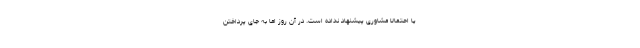
یا احتمالا مشاوری پیشنهاد نداده است. در آن روز اما به جای پرداختن